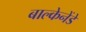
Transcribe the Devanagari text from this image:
बाल्केनेंडे